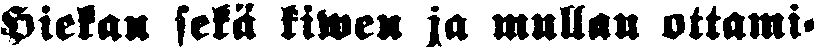
Hiekan sekä kiwen ja mullan ottami-